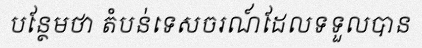
បន្ថែមថា តំបន់ទេសចរណ៍ដែលទទួលបាន